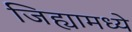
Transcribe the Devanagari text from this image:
जिह्यामध्ये